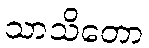
သာသိတော